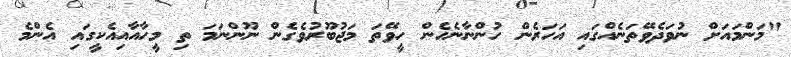
"މަންމައަށް ނުވަދެވޭތަނެއްގައި އަހަރެން ހުންނާނެހެން ހީވޭތަ މަޖުބޫރުވެގެން ނޫންނަމަ ތި މީހާއާއިއެކީގައި އެންމެ